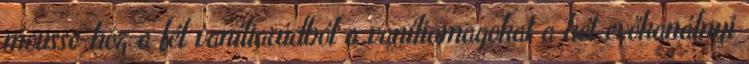
mousse-hoz a fél vaníliarúdból a vaníliamagokat a két evőkanálnyi